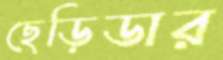
ছেড়িডার